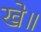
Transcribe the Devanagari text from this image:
खे॥